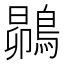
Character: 𮭅